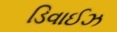
ડિવાઈઝ